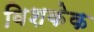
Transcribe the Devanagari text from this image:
बिशकेक